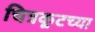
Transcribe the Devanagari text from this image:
चित्रकूटच्या